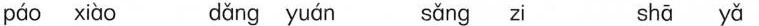
páo xiào dǎng yuán sǎng zi shā yǎ